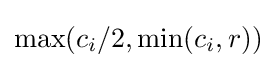
\max(c_{i}/2,\min(c_{i},r))